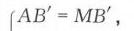
\(AB' = MB'\)